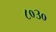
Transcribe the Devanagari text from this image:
८०३०